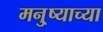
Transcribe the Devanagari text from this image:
मनु्ष्याच्या